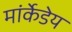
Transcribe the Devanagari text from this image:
मांर्केडेय